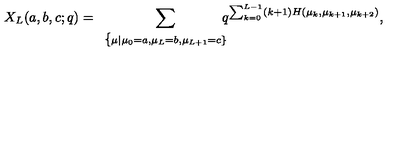
X _ { L } ( a , b , c ; q ) = \displaystyle \sum _ { \begin{array} { c } { \{ \scriptstyle \mu | { \mu _ { 0 } = a , \mu _ { L } = b , \mu _ { L + 1 } = c } \} } \\ \end{array} } \! \! \! \! \! \! q ^ { \sum _ { k = 0 } ^ { L - 1 } ( k + 1 ) H ( \mu _ { k } , \mu _ { k + 1 } , \mu _ { k + 2 } ) } ,